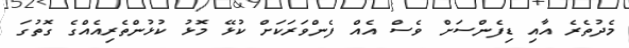
މެދުތެރެ އާއި ޑިފެންސަށް ވެސް އެއް ފެންވަރަކަށް ކުޅޭ މޮޅު ކުޅުންތެރިއެއްގެ ގޮތުގަ